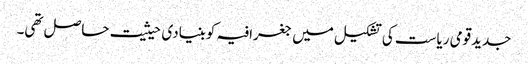
جدیدقومی ریاست کی تشکیل میں جغرافیہ کوبنیادی حیثیت حاصل تھی۔